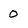
Character: 0